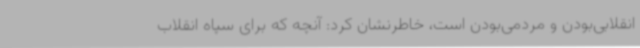
انقلابی‌بودن و مردمی‌بودن است، خاطرنشان کرد: آنچه که برای سپاه انقلاب